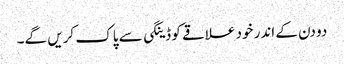
دو دن کے اندر خود علاقے کو ڈینگی سے پاک کریں گے۔